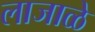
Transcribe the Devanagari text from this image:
लाजाळे